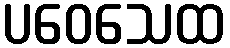
ပဝေသေထ